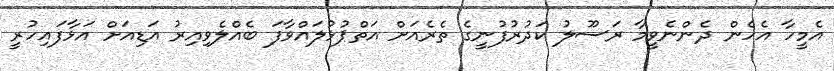
އެމީހާ އެހެން ދެންނެވީމާ ރަސޫލު ކަދުރުފުނީގެ ތެރެއަށް އަތްޕުޅުލައްވާފަ ބެއްލެވިއިރު އަޑިއަށް އަޅާފައިހުރީ